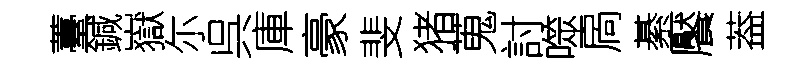
薹鍼嶽尓呉庫豪斐猪蒐討噬扄綦饜葢